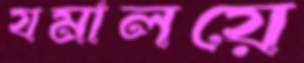
যমালয়ে